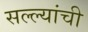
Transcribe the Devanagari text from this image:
सल्ल्यांची